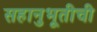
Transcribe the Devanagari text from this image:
सहानुभूतीची